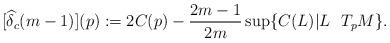
LaTeX: \begin{align*}[\widehat{\delta}_c (m-1)](p) := 2C(p) - \frac{2m-1}{2m} \sup \{C(L)|L \ \ T_p M \}.\end{align*}